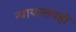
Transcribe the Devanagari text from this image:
न्यायालयही